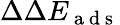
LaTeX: \Delta\Delta E_{\mathrm{~a~d~s~}}